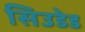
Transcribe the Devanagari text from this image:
सिउडेड